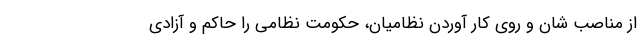
از مناصب شان و روی کار آوردن نظامیان، حکومت نظامی را حاکم و آزادی